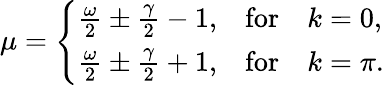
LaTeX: \mu=\left\{ \begin{array}{ll}{\frac{\omega}{2}\pm\frac{\gamma}{2}-1,}&{\mathrm{for}\quad k=0,}\\ {\frac{\omega}{2}\pm\frac{\gamma}{2}+1,}&{\mathrm{for}\quad k=\pi.}\end{array}\right.